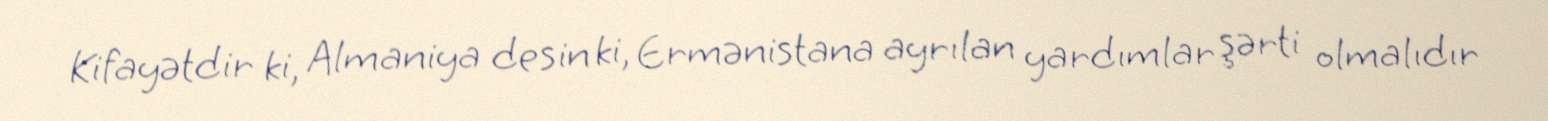
Kifayətdir ki, Almaniya desin ki, Ermənistana ayrılan yardımlar şərti olmalıdır